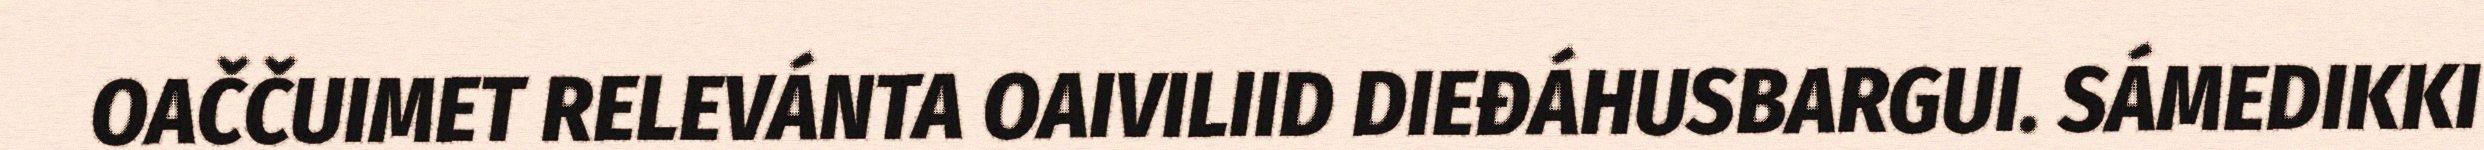
OAČČUIMET RELEVÁNTA OAIVILIID DIEĐÁHUSBARGUI. SÁMEDIKKI